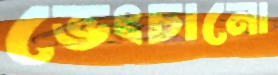
ভেংচানো